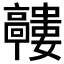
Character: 𲌘